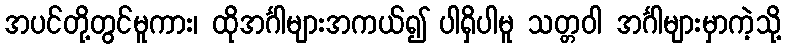
အပင်တို့တွင်မူကား၊ ထိုအင်္ဂါများအကယ်၍ ပါရှိပါမူ သတ္တဝါ အင်္ဂါများမှာကဲ့သို့